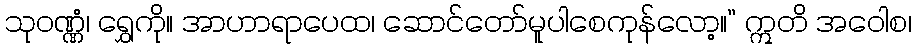
သုဝဏ္ဏံ၊ ရွှေကို။ အာဟာရာပေထ၊ ဆောင်တော်မူပါစေကုန်လော့။” ဣတိ အဝေါစ၊